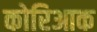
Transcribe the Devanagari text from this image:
कोरिआक